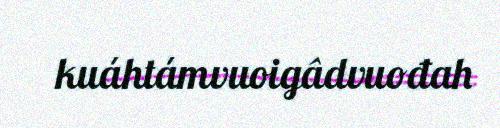
kuáhtámvuoigâdvuođah